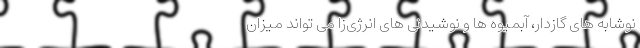
نوشابه های گازدار، آبمیوه ها و نوشیدنی های انرژی‌زا می تواند میزان